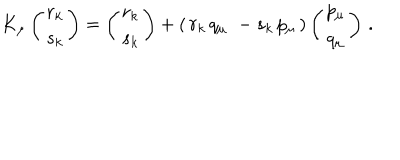
LaTeX: K _ { \mu } \left( \begin{matrix} { { r _ { k } } } \\ { { s _ { k } } } \\ \end{matrix} \right) = \left( \begin{matrix} { { r _ { k } } } \\ { { s _ { k } } } \\ \end{matrix} \right) + ( \, r _ { k } \, q _ { \mu } \, \, - s _ { k } \, p _ { \mu } \, ) \left( \begin{matrix} { { p _ { \mu } } } \\ { { q _ { \mu } } } \\ \end{matrix} \right) \, .